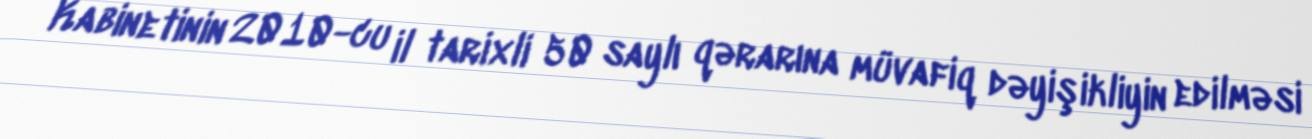
Kabinetinin 2010-cu il tarixli 50 saylı qərarına müvafiq dəyişikliyin edilməsi